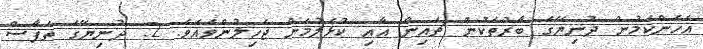
އެހެންކަމުން ދުނިޔޭގެ ބާރުތަކުން ޗައިނާ އާއި ކުޅެލުމަށް ޖެހިލުންވެއެވެ. 2. ދުނިޔޭގެ ތަފާސް